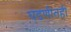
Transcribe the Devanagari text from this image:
घडणीतही